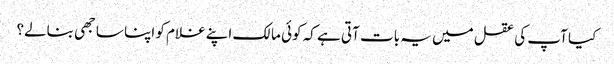
کیا آپ کی عقل میں یہ بات آتی ہے کہ کوئی مالک اپنے غلام کو اپنا ساجھی بنالے؟